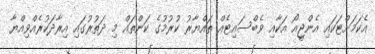
އެކަމަށްޓަކައި އެންޖީއޯ އަކާއި ވެބްސައިޓެއް ތައްޔާރު ކުރުމުގެ ކަންތައް މި ދަތުރުގައި އިރާދަކުރެއްވިއްޔާ